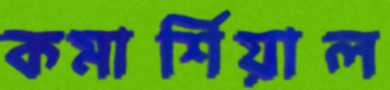
কমার্শিয়াল